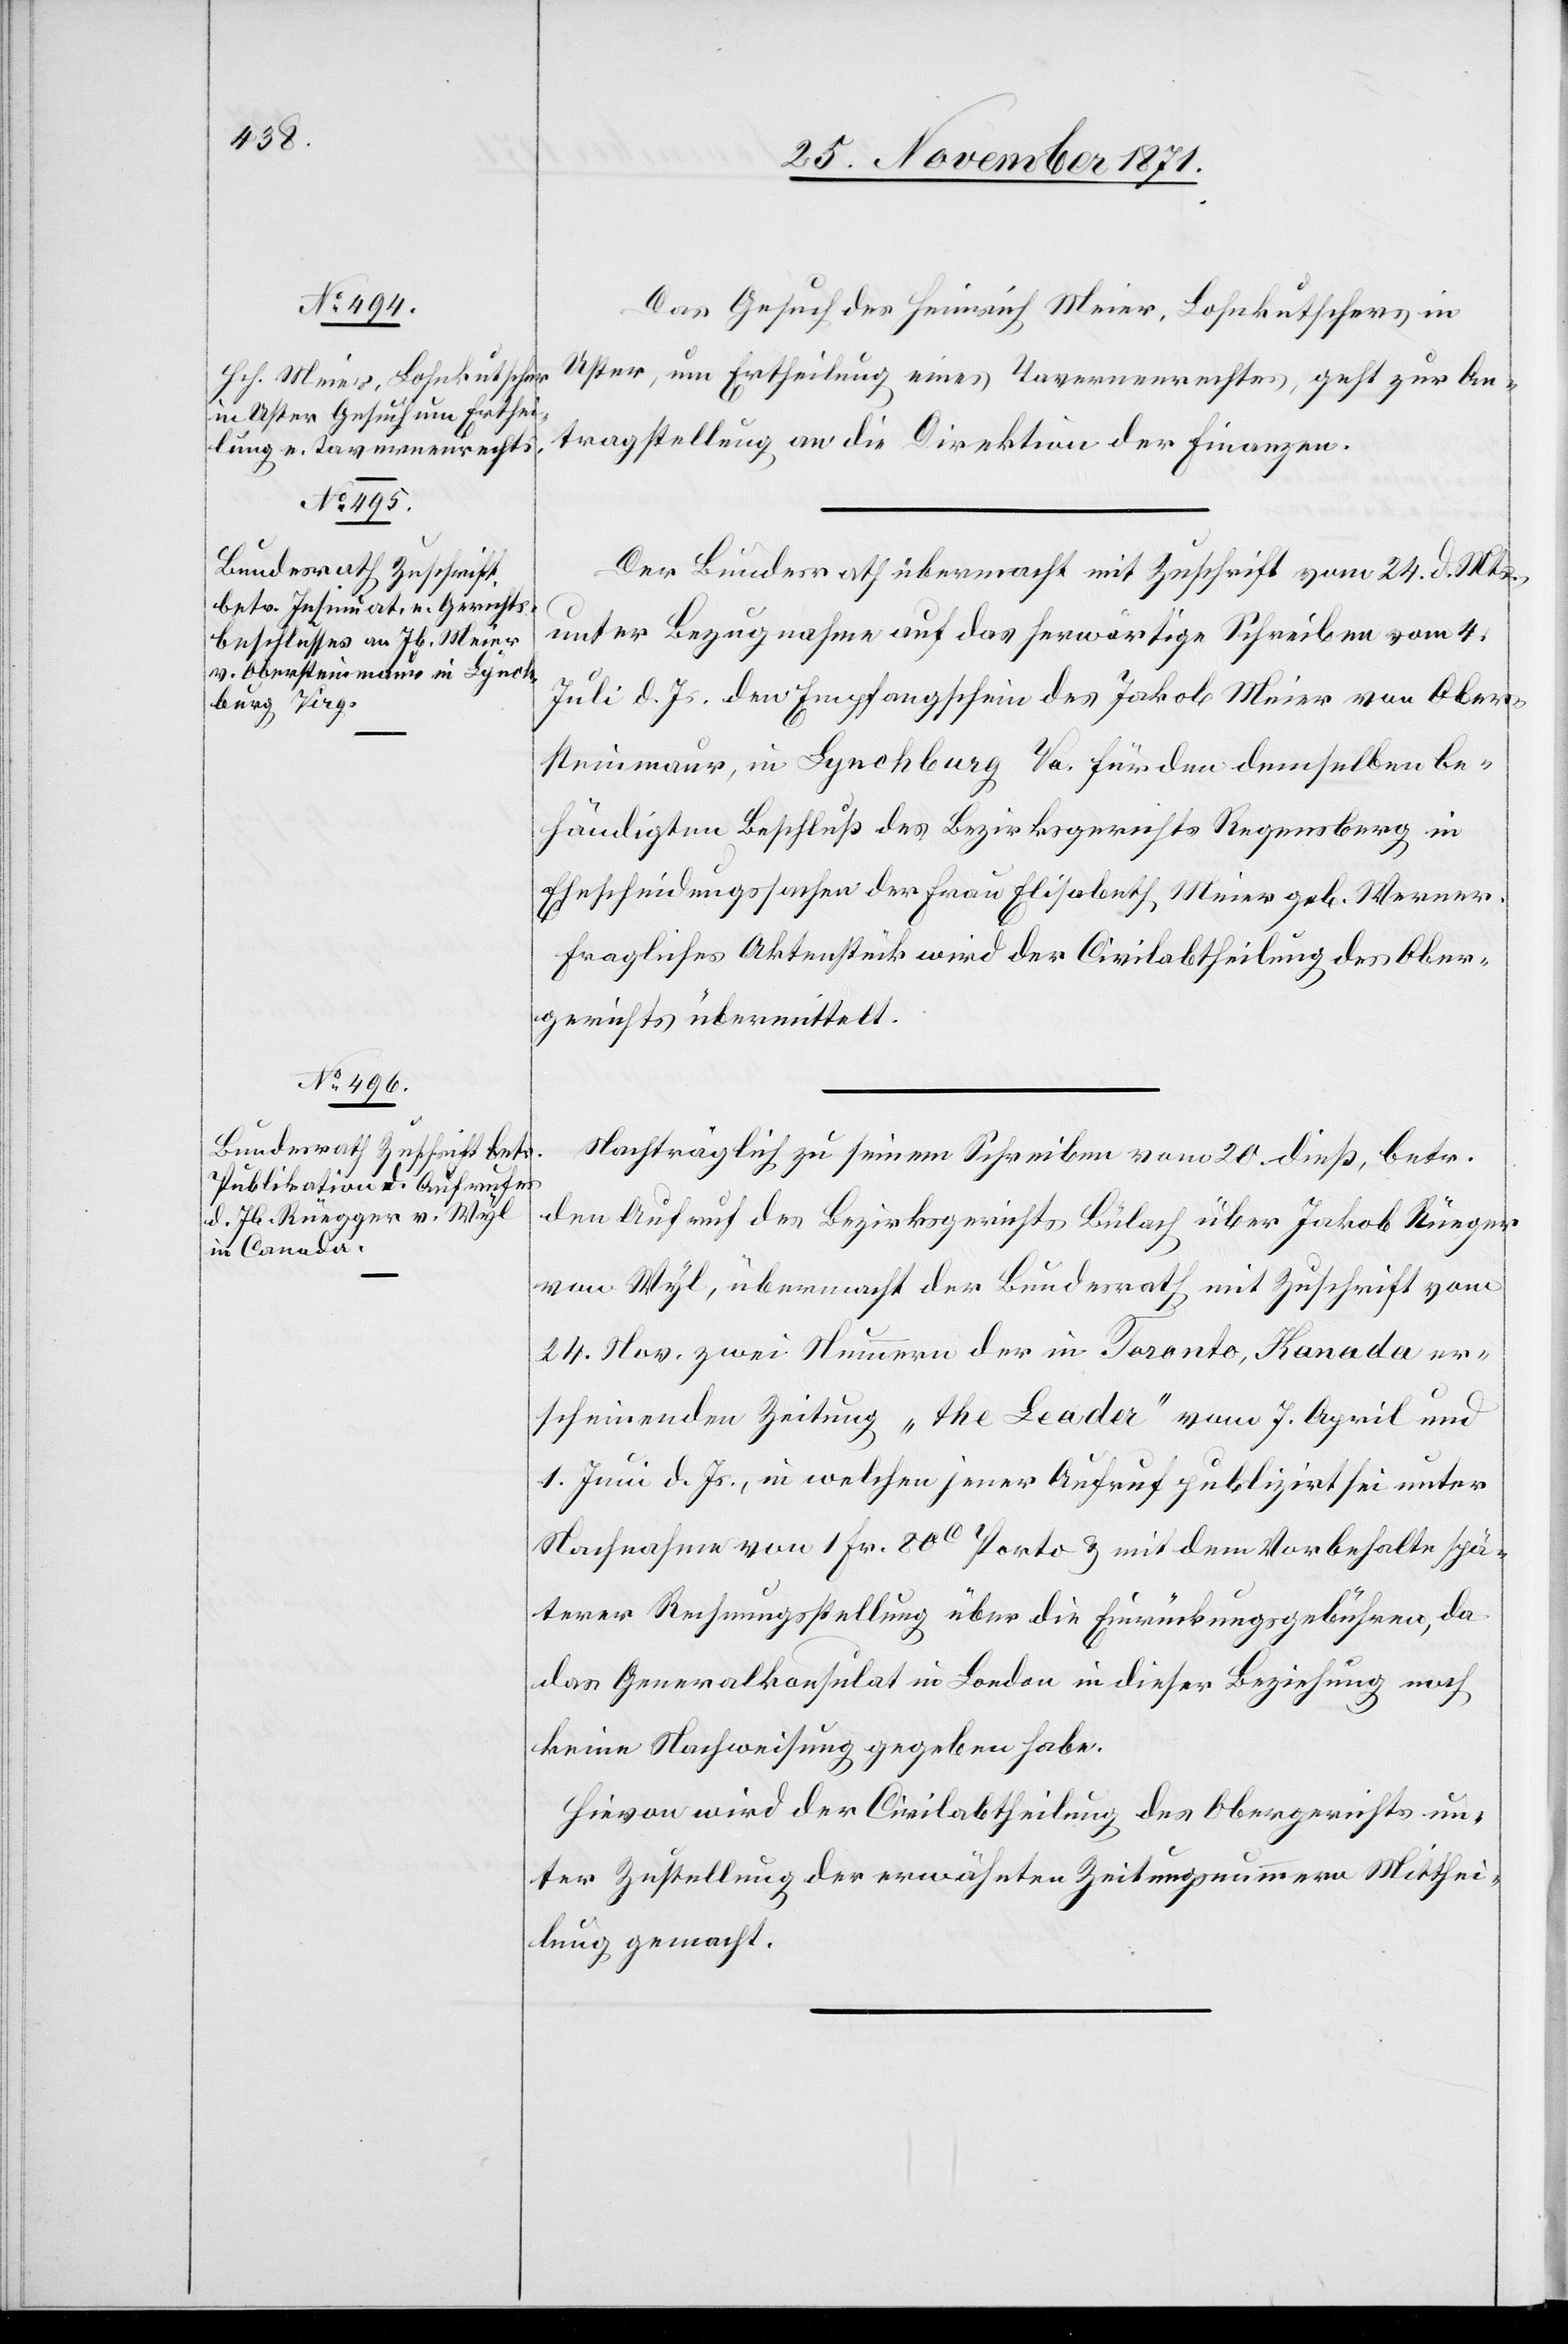
29. November 1871.]
Das Gesuch des Heinrich Meier, Lohnkutschers in
Uster, um Ertheilung eines Tavernenrechtes, geht zur An¬
tragstellung an die Direktion der Finanzen.
Der Bundesrath übermacht mit Zuschrift vom 24. d. Mts.,
unter Bezugnahme auf das herwärtige Schreiben vom 4.
Juli d. Js. den Empfangsschein des Jakob Meier von Ober¬
steinmaur, in Lynchburg Va. für den demselben be¬
händigten Beschluß des Bezirksgerichts Regensberg in
Ehescheidungssachen der Frau Elisabeth Meier geb. Werner.
Fragliches Aktenstück wird der Civilabtheilung des Ober¬
gerichts übermittelt.
Nachträglich zu seinem Schreiben vom 20. dieß, betr.
den Aufruf des Bezirksgerichts Bülach über Jakob Rüeger
von Wyl, übermacht der Bundesrath mit Zuschrift vom
24. Nov. zwei Nummern der in Toronto, Kanada er¬
scheinenden Zeitung „the Leader“ vom 7. April und
1. Juni d. Js., in welchen jener Aufruf publizirt sei unter
Nachnahme von 1 Fr. 80C Porto & mit dem Vorbehalte spä¬
terer Rechnungsstellung über die Einrückungsgebühren, da
das Generalkonsulat in London in dieser Beziehung noch
keine Nachweisung gegeben habe.
Hievon wird der Civilabtheilung des Obergerichts un¬
ter Zustellung der erwähnten Zeitungsnummern Mitthei¬
lung gemacht.